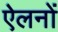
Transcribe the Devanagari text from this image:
ऐलनों